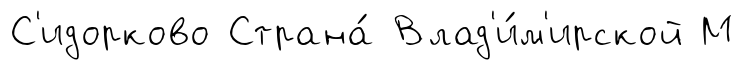
С'идорково Страна́ Влад'и́м'ирской М